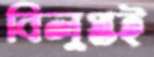
বিলুপ্তই